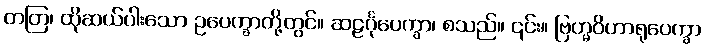
တတြ၊ ထိုဆယ်ပါးသော ဥပေက္ခာတို့တွင်။ ဆဠင်္ဂုပေက္ခာ၊ စသည်။ ၎င်း။ ဗြဟ္မဝိဟာရုပေက္ခာ